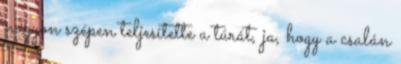
nagyon szépen teljesítette a túrát, ja, hogy a csalán